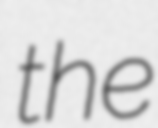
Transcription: the